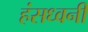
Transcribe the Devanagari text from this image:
हंसध्वनी